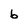
Character: b